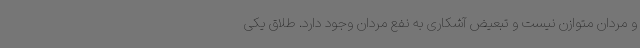
و مردان متوازن نیست و تبعیض آشکاری به نفع مردان وجود دارد. طلاق یکی